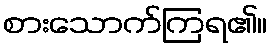
စားသောက်ကြရ၏။